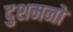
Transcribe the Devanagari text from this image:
दुशमनो